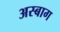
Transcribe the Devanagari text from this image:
अस्बाग